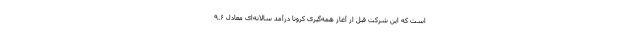
است که این شرکت قبل از آغاز همه‌گیری کرونا درآمد سالانه‌ای معادل ۹.۶